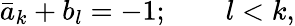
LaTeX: \bar{a}_{k}+b_{l}=-1;\quad\quad l<k,